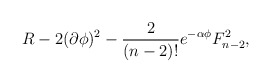
\begin{align*}R -2 (\partial \phi)^2 - { 2 \over (n-2)! } e^{ -\alpha \phi} F^2 _{n-2},\end{align*}